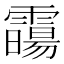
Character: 霷